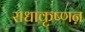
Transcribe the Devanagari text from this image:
राधाकृष्णऩ